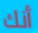
أنك